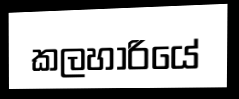
කලහාරියේ